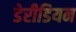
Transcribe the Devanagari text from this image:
डेरीडियन